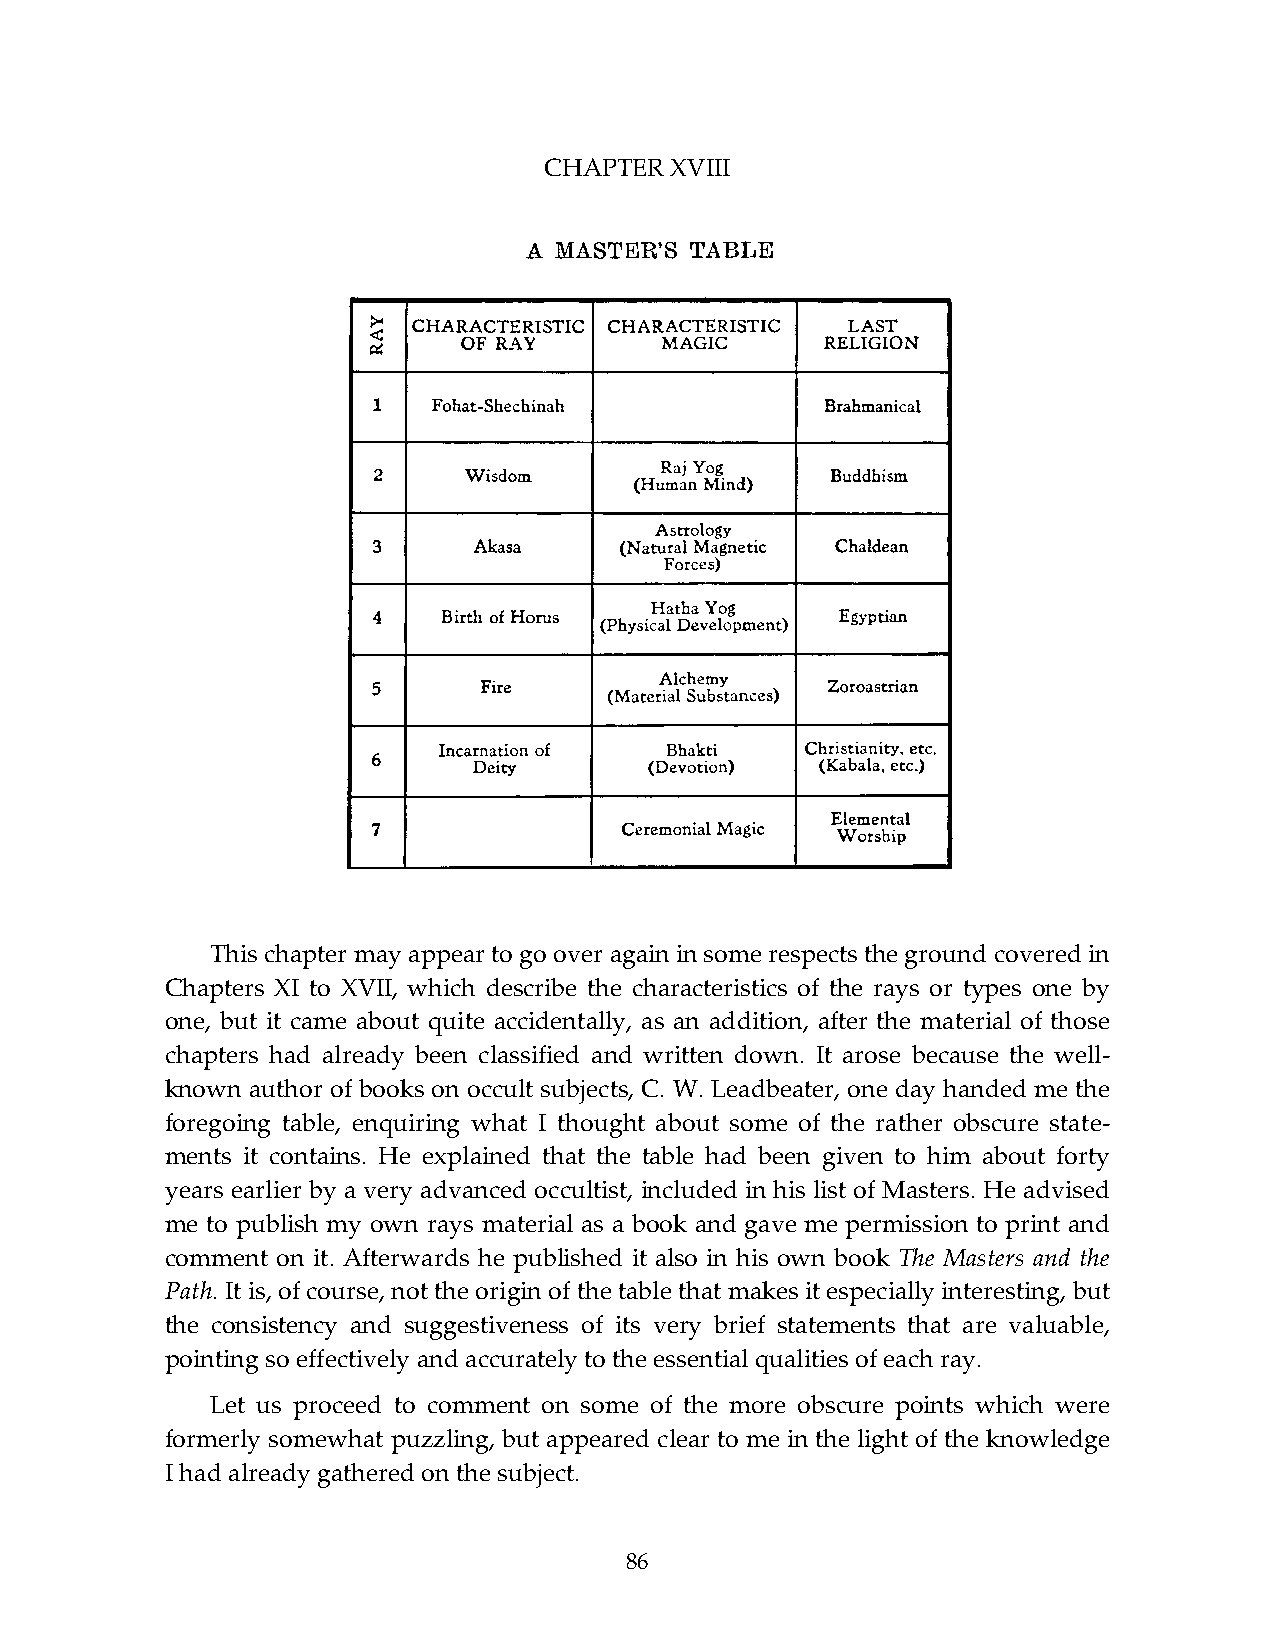
CHAPTER XVIII
 This chapter may appear to go over again in some respects the ground covered in
 Chapters XI to XVII, which describe the characteristics of the rays or types one by
 one, but it came about quite accidentally, as an addition, after the material of those
 chapters had already been classified and written down. It arose because the well-
 known author of books on occult subjects, C. W. Leadbeater, one day handed me the
 foregoing table, enquiring what I thought about some of the rather obscure state-
 ments it contains. He explained that the table had been given to him about forty
 years earlier by a very advanced occultist, included in his list of Masters. He advised
 me to publish my own rays material as a book and gave me permission to print and
 comment on it. Afterwards he published it also in his own book The Masters and the
 Path. It is, of course, not the origin of the table that makes it especially interesting, but
 the consistency and suggestiveness of its very brief statements that are valuable,
 pointing so effectively and accurately to the essential qualities of each ray.
 Let us proceed to comment on some of the more obscure points which were
 formerly somewhat puzzling, but appeared clear to me in the light of the knowledge
 I had already gathered on the subject.
 86